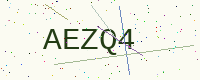
Text: AEZQ4